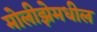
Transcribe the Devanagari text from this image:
मोलीझेमधील